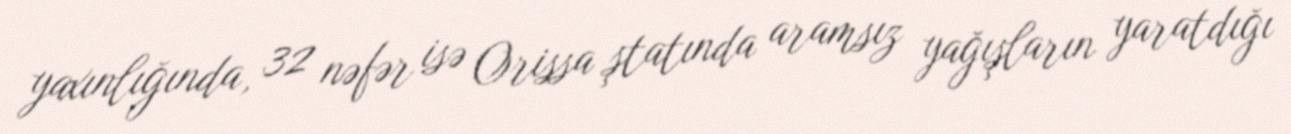
yaxınlığında, 32 nəfər isə Orissa ştatında aramsız yağışların yaratdığı